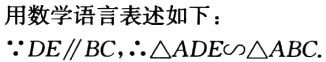
用数学语言表述如下：

\(\because DE\parallel BC,\therefore \triangle ADE\sim\triangle ABC\).